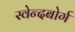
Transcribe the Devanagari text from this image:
स्वेन्दबोर्ग